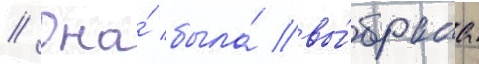
// Она́ была́ вы́брана